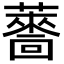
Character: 𮒙